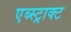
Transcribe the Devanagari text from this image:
एब्स्ट्राक्ट